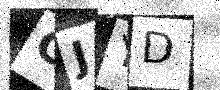
Text: CJYD